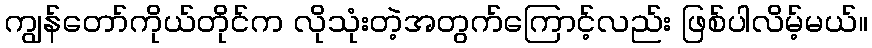
ကျွန်တော်ကိုယ်တိုင်က လိုသုံးတဲ့အတွက်ကြောင့်လည်း ဖြစ်ပါလိမ့်မယ်။